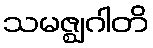
သမဇ္ဈဂါတိ